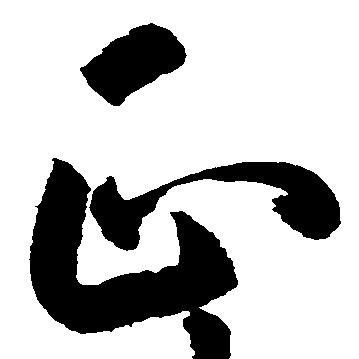
正